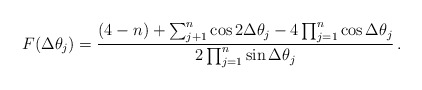
\begin{align*}F(\Delta\theta_j)=\frac{(4-n)+\sum_{j+1}^n\cos2\Delta\theta_j-4\prod_{j=1}^n \cos\Delta\theta_j}{2\prod_{j=1}^n\sin\Delta\theta_j}\,.\end{align*}